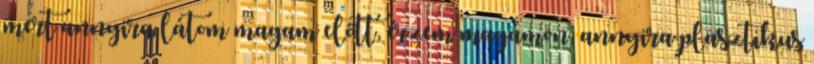
mert annyira látom magam előtt, érzem magamon, annyira plasztikus